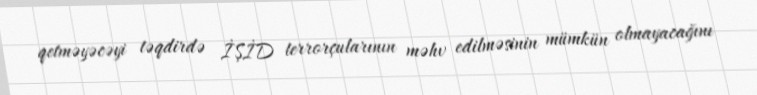
qetməyəcəyi təqdirdə İŞİD terrorçularının məhv edilməsinin mümkün olmayacağını